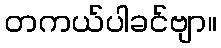
တကယ်ပါခင်ဗျာ။